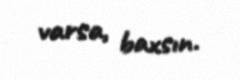
varsa, baxsın.